Report of the veterinary officer investigating camel disease
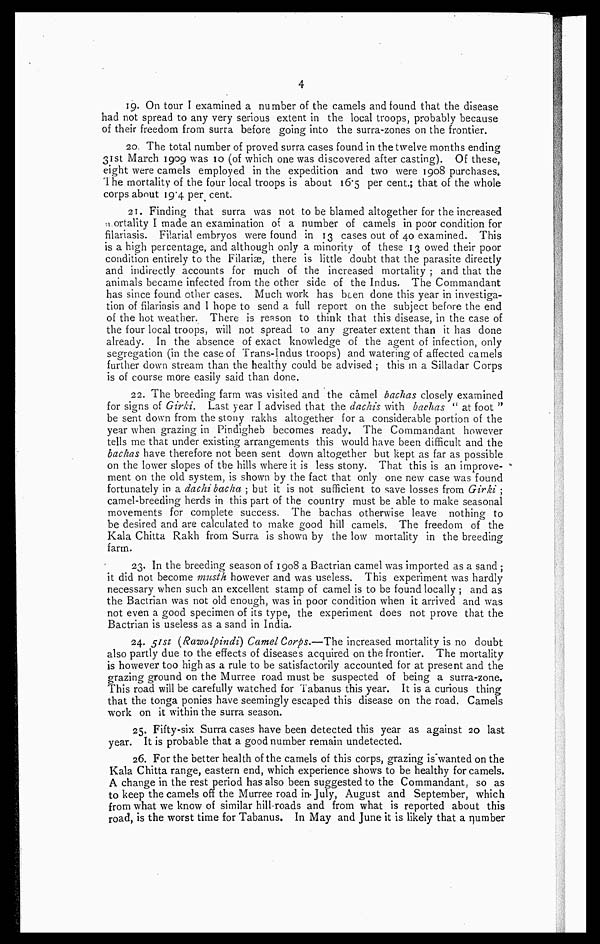
4
19. On tour I examined a number of the camels and found that the disease
had not spread to any very serious extent in the local troops, probably because
of their freedom from surra before going into the surra-zones on the frontier.
20. The total number of proved surra cases found in the twelve months ending
31st March 1909 was 10 (of which one was discovered after casting). Of these,
eight were camels employed in the expedition and two were 1908 purchases.
1 he mortality of the four local troops is about 16.5 per cent.; that of the whole
corps about 19.4 per cent.
21. Finding that surra was not to be blamed altogether for the increased
Mortality I made an examination of a number of camels in poor condition for
filariasis. Filarial embryos were found in 13 cases out of 40 examined. This
is a high percentage, and although only a minority of these 13 owed their poor
condition entirely to the Filariae, there is little doubt that the parasite directly
and indirectly accounts for much of the increased mortality ; and that the
animals became infected from the other side of the Indus. The Commandant
has since found other cases. Much work has been done this year in investiga-
tion of filariasis and I hope to send a full report on the subject before the end
of the hot weather. There is reason to think that this disease, in the case of
the four local troops, will not spread to any greater extent than it has done
already. In the absence of exact knowledge of the agent of infection, only
segregation (in the case of Trans-Indus troops) and watering of affected camels
further down stream than the healthy could be advised ; this in a Silladar Corps
is of course more easily said than done.
22. The breeding farm was visited and the camel bachas closely examined
for signs of Girki. Last year I advised that the dachis with bachas " at foot "
be sent down from the stony rakhs altogether for a considerable portion of the
year when grazing in Pindigheb becomes ready. The Commandant however
tells me that under existing arrangements this would have been difficult and the
bachas have therefore not been sent down altogether but kept as far as possible
on the lower slopes of the hills where it is less stony. That this is an improve-
ment on the old system, is shown by the fact that only one new case was found
fortunately in a dachibacha ; but it is not sufficient to save losses from Girki ;
camel-breeding herds in this part of the country must be able to make seasonal
movements for complete success. The bachas otherwise leave nothing to
be desired and are calculated to make good hill camels. The freedom of the
Kala Chitta Rakh from Surra is shown by the low mortality in the breeding
farm.
23. In the breeding season of 1908 a Bactrian camel was imported as a sand ;
it did not become musth however and was useless. This experiment was hardly
necessary when such an excellent stamp of camel is to be found locally ; and as
the Bactrian was not old enough, was in poor condition when it arrived and was
not even a good specimen of its type, the experiment does not prove that the
Bactrian is useless as a sand in India.
24. 51st (Rawalpindi) Camel Corps.—The increased mortality is no doubt
also partly due to the effects of diseases acquired on the frontier. The mortality
is however too high as a rule to be satisfactorily accounted for at present and the
grazing ground on the Murree road must be suspected of being a surra-zone.
This road will be carefully watched for fabanus this year. It is a curious thing
that the tonga ponies have seemingly escaped this disease on the road. Camels
work on it within the surra season.
25. Fifty-six Surra cases have been detected this year as against 20 last
year. It is probable that a good number remain undetected.
26. For the better health of the camels of this corps, grazing is wanted on the
Kala Chitta range, eastern end, which experience shows to be healthy for camels.
A change in the rest period has also been suggested to the Commandant, so as
to keep the camels off the Murree road in-July, August and September, which
from what we know of similar hill-roads and from what is reported about this
road, is the worst time for Tabanus. In May and June it is likely that a number